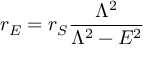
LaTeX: r _ { E } = r _ { S } \frac { \Lambda ^ { 2 } } { \Lambda ^ { 2 } - E ^ { 2 } }